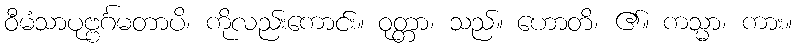
ဝီမံသာပုဗ္ဗင်္ဂမတာပိ၊ ကိုလည်းကောင်း။ ဝုတ္တာ၊ သည်။ ဟောတိ၊ ၏။ ကသ္မာ၊ ကား။